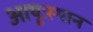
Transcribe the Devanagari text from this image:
आयूःस्थान